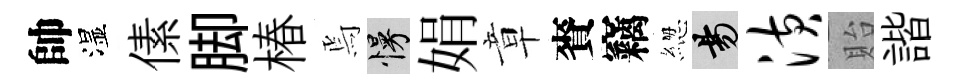
帥湿傃脚椿焉慢娟章賚竊緫昜潢貽諧